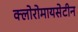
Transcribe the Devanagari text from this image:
क्लोरोमायसेटीन